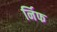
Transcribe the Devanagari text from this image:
र्निफ